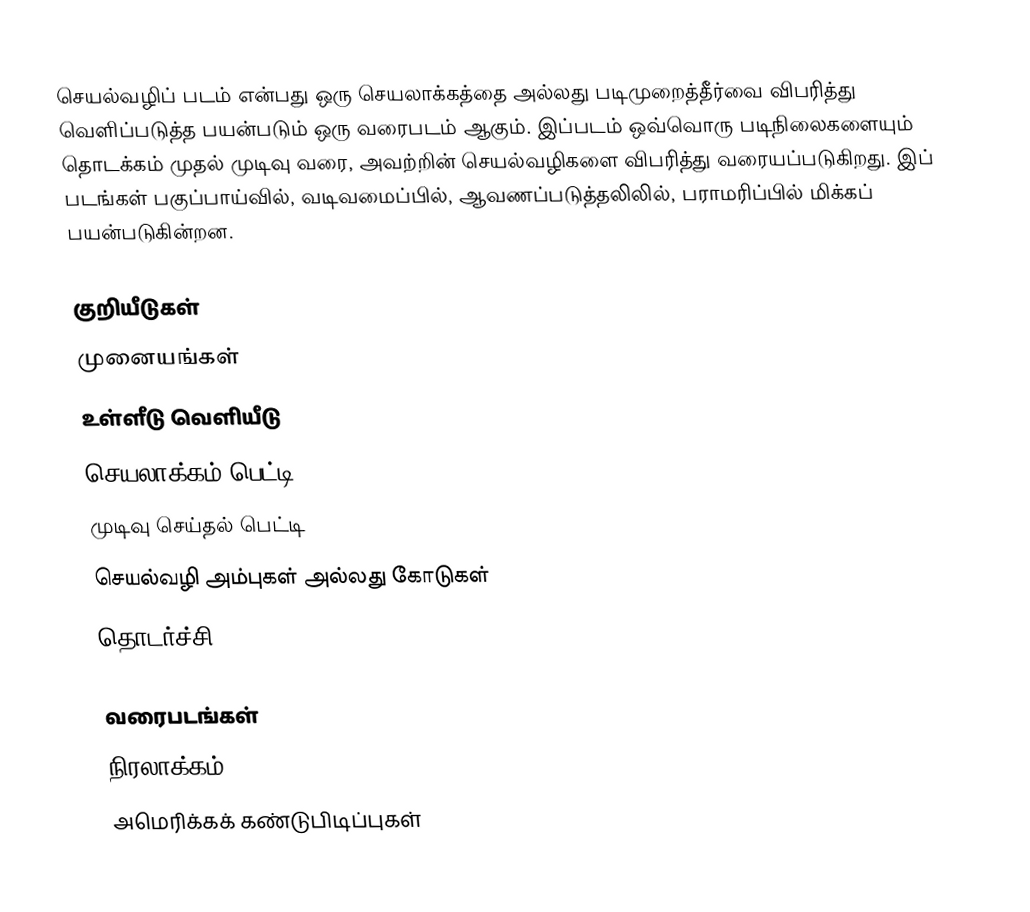
செயல்வழிப் படம் என்பது ஒரு செயலாக்கத்தை அல்லது படிமுறைத்தீர்வை விபரித்து வெளிப்படுத்த பயன்படும் ஒரு வரைபடம் ஆகும். இப்படம் ஒவ்வொரு படிநிலைகளையும் தொடக்கம் முதல் முடிவு வரை, அவற்றின் செயல்வழிகளை விபரித்து வரையப்படுகிறது. இப் படங்கள் பகுப்பாய்வில், வடிவமைப்பில், ஆவணப்படுத்தலிலில், பராமரிப்பில் மிக்கப் பயன்படுகின்றன.

குறியீடுகள்
 முனையங்கள்
 உள்ளீடு வெளியீடு
 செயலாக்கம் பெட்டி
 முடிவு செய்தல் பெட்டி
 செயல்வழி அம்புகள் அல்லது கோடுகள்
 தொடர்ச்சி

வரைபடங்கள்
நிரலாக்கம்
அமெரிக்கக் கண்டுபிடிப்புகள்